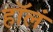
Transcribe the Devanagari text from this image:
हॉलं